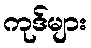
ကုဒ်များ